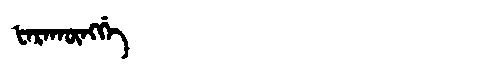
Manchu: ᡶᠠᡵᠠᡴᡡᠩᡤᡝ
Romanization: FARAKŪNGGE